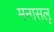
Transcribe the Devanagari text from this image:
मनासलू